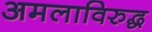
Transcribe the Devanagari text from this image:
अमलाविरुद्ध